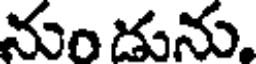
నుండును,